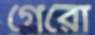
গেরো